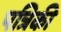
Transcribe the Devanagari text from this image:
पत्रिकी